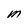
Character: M